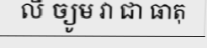
លី ច្យូម វា ជា ធាតុ